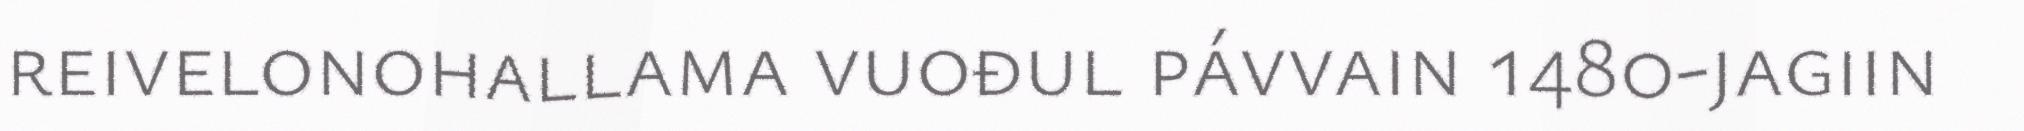
reivelonohallama vuođul pávvain 1480-jagiin